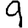
Digit: 9